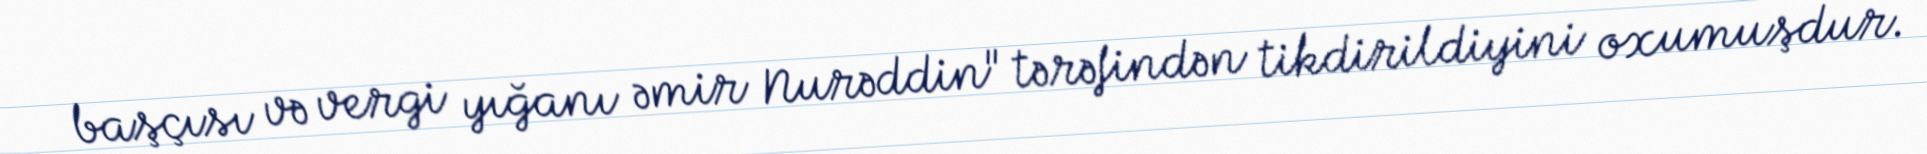
başçısı və vergi yığanı əmir Nurəddin" tərəfindən tikdirildiyini oxumuşdur.